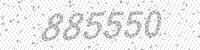
Solution: 885550